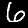
Label: 6